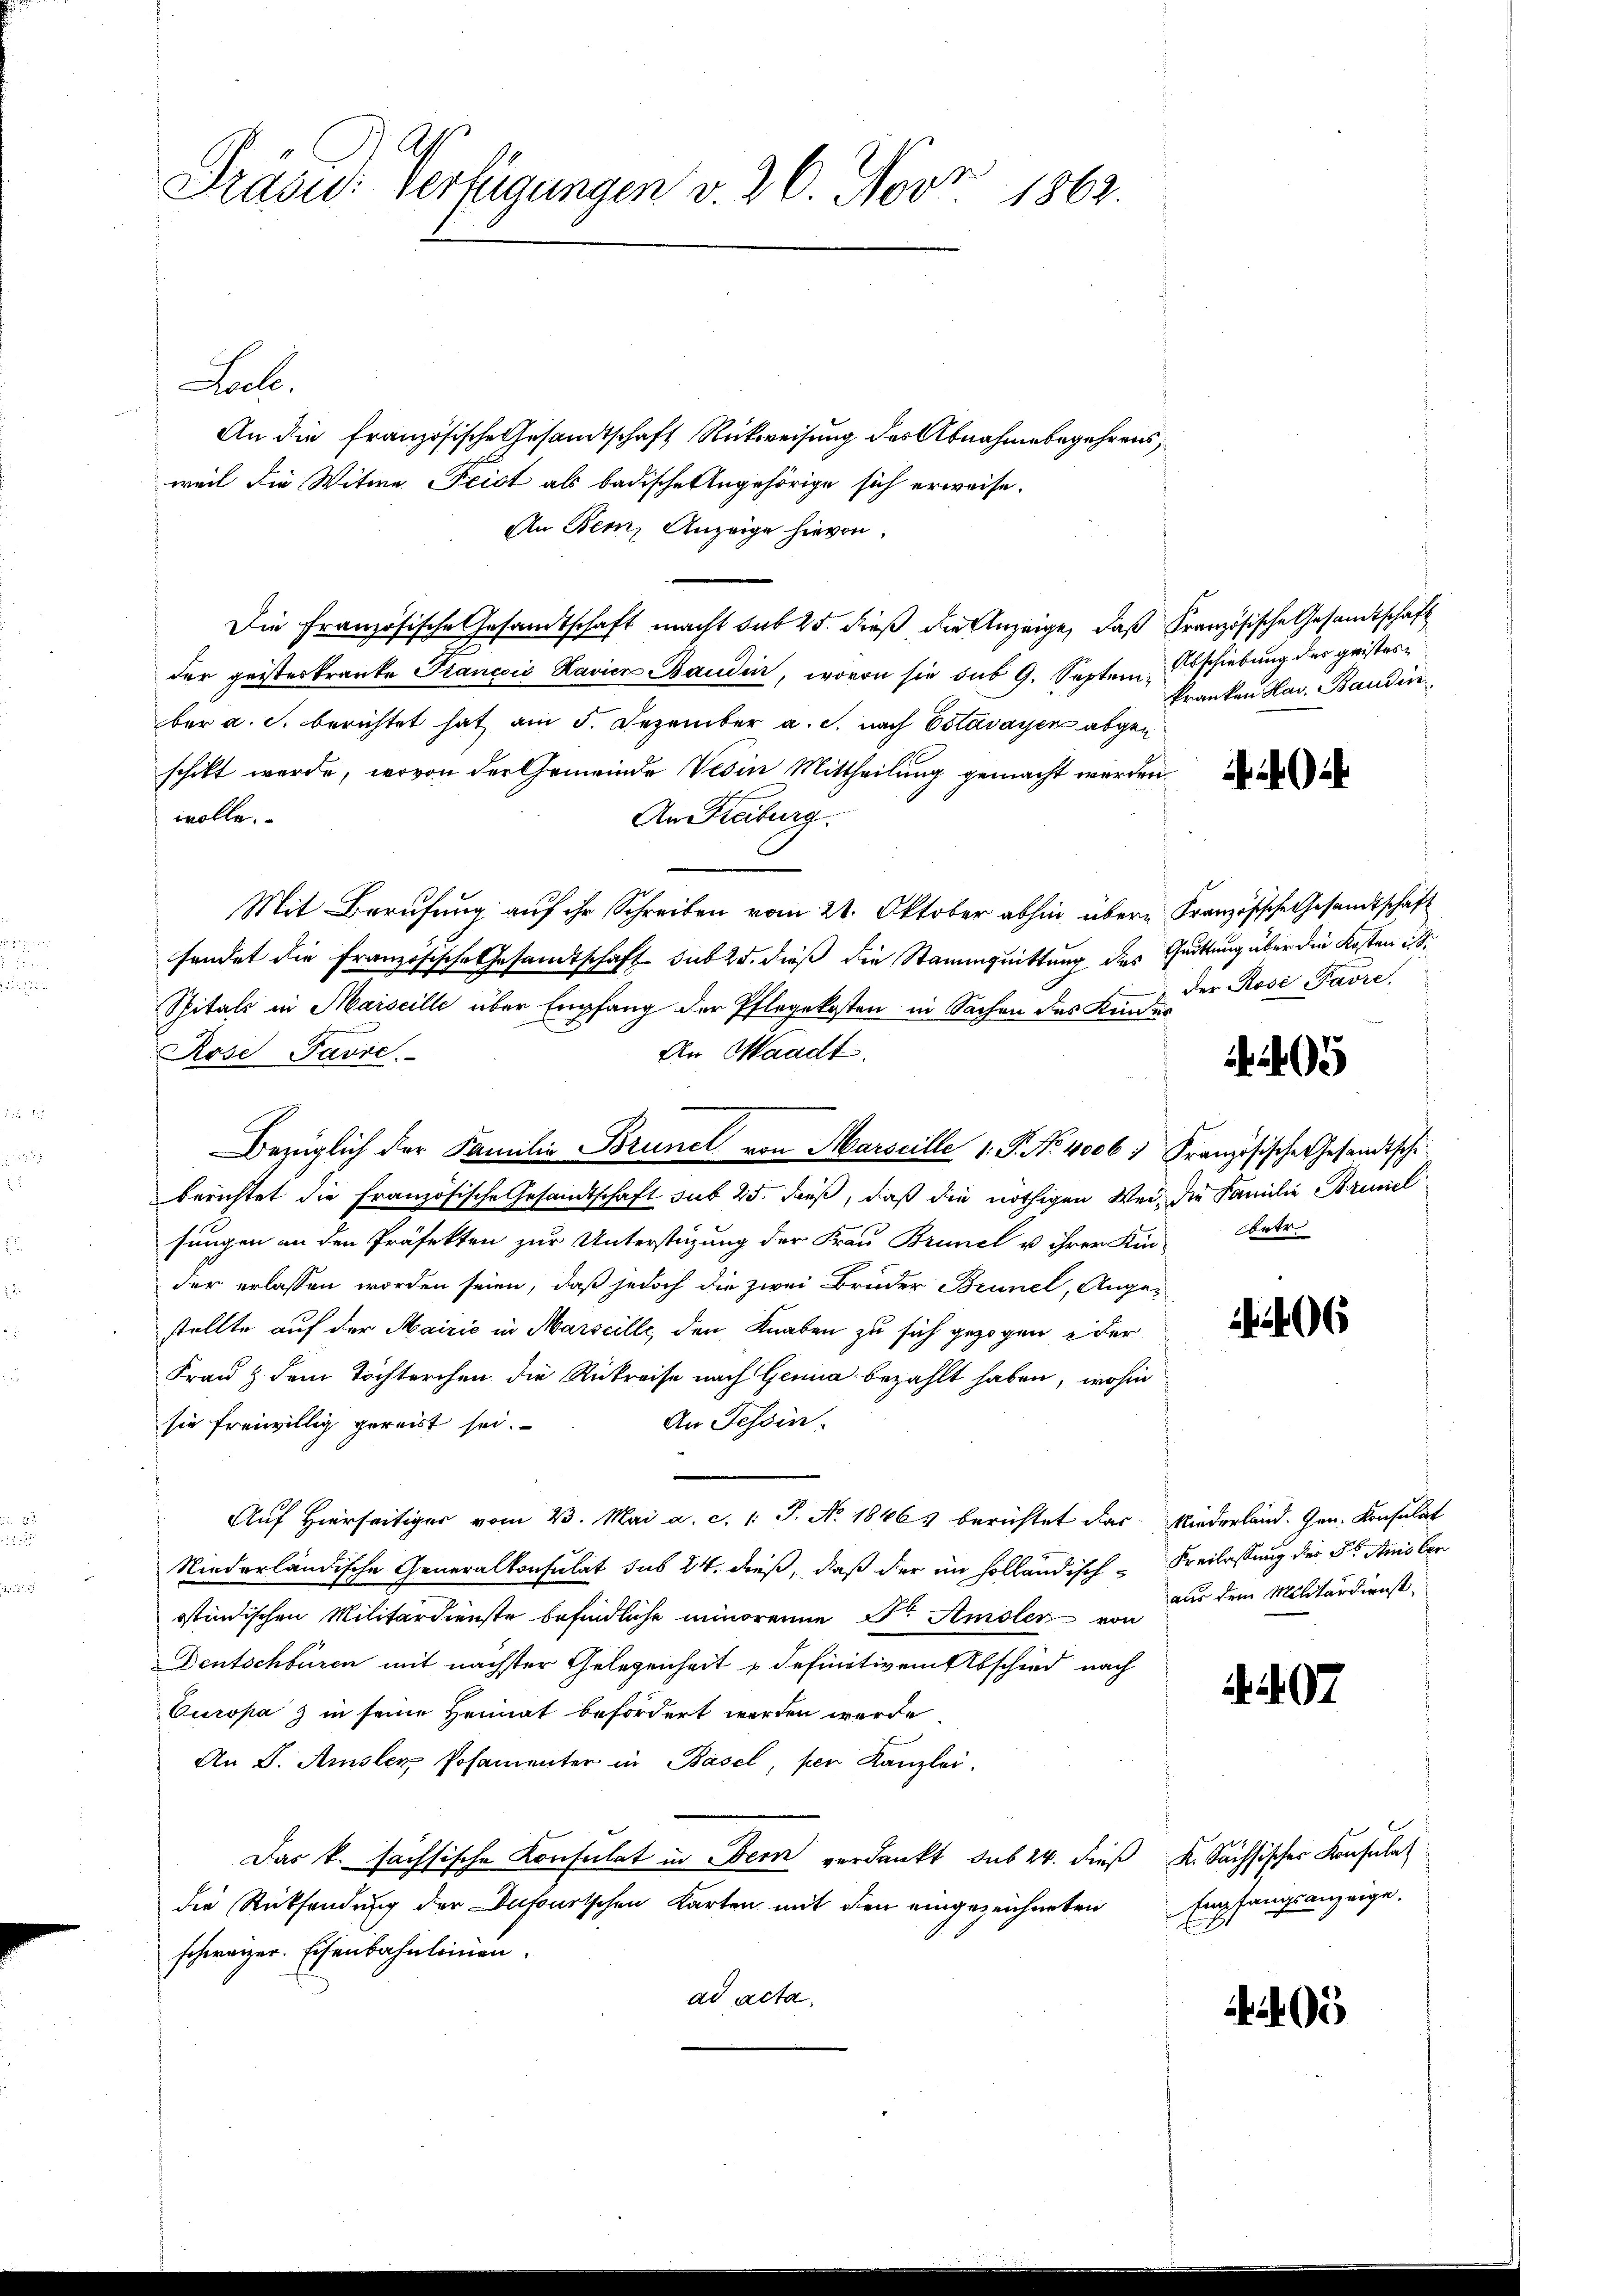
Präsid. Verfügungen v. 26. Nove
1862.
i

Leele.
An die französische Gesandtschaft Rückweisung der Abnahmebegehrens,
weil die Witwe Frist als badische Angehörige sich erweise.
An Bern, Anzeige hievon
Die Französische Gesandtschaft macht sub 25. dieß die Anzeige, daß Französische Gesandtschaft
der geisteskranke Prancois Lavier Baudin, wovon sie sub 9. September a. c. berichtet hat am 5. Dezember a. g. nach Estavayer abgen
schikt werde, wovon der Gemeinde Vesin Mittheilung gemacht werden
wolle.
An Freiburg.
Mit Berufung auf ihr Schreiben vom 21. Oktober abhin über Französische Gesandtschaft
sendet die Französische Gesandtschaft sub 25. dieß die Stammquittung des Quittung über die Kosten ist.
Spitals in Maiscille über Empfang der Pflegekosten in Sachen des Kindes
An Waadt.
Rose Pavre.
Bezüglich der Familie Brunel von Marseille 1. P. No 4006 : Französische Gesandtsche
berichtet die französische Gesandtschaft sub 25. dieß, daß die nöthigen Wei- die Familie Brunel
sungen an den Präfekten zur Unterstüzung der Frau Brunel u ihrer Kin- betr.
der erlassen worden seien, daß jedoch die zwei Brüder Brunel, Ange-
stellte auf der Mairić in Marseille, den Knaben zu sich gezogen der
Frau & dem Töchterchen die Rükreise nach Genua bezahlt haben, wohin
An Tessin.
sie freiwillig gereist sei.
Aŭf Hierseitiger vom 23. Mai a. c. 1 S. Nr. 1846 berichtet das Niederland. Gen. Konsulat
Niederländische Generalkonsulat des 24. dieß, daß der im holländisch-Freilassung des Dr. Anis ber
stindischen Militärdienste befindliche minorenne Dr. Amsler von
Dentschbüren mit nächster Gelegenheit u definitivem Abschied nach
Curopa z in seine Heimat befördert werden werde.
An D. Amsler Posamenter in Basel, per Kanzlei.
Das k. sächsische Konsulat in Bern verdankt sub 24. dieß K. Sächsisches Konsulat
die Rücksendung der Dufourtschen Karten mit den eingezeichneten
schweizer. Eisenbahnleinen.
ad acta.

Abschiebung des gristeskranken Hav. Baudin

der Rose Pavre.

5

406

aus dem Militärdienst.

. S. 97

Empfangsanzeige.

495